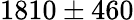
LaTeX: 1810\pm 460